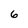
Character: 6